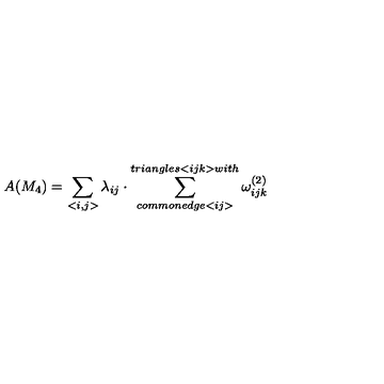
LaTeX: A ( M _ { 4 } ) = \sum _ { < i , j > } \lambda _ { i j } \cdot \sum _ { c o m m o n e d g e < i j > } ^ { t r i a n g l e s < i j k > w i t h } \omega _ { i j k } ^ { ( 2 ) }